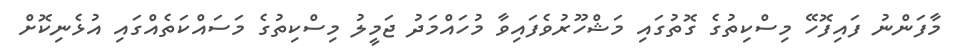
މާފަންނު ފައިފޮހޭ މިސްކިތުގެ ގޮތުގައި މަޝްހޫރުވެފައިވާ މުހައްމަދު ޖަމީލު މިސްކިތުގެ މަސައްކަތެއްގައި އުޅެނިކޮށް